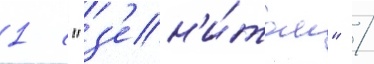
1 с "з'ен'и́том" /